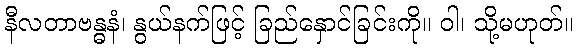
နီလတာဗန္ဓနံ၊ နွယ်နက်ဖြင့် ခြည်နှောင်ခြင်းကို။ ဝါ၊ သို့မဟုတ်။